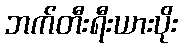
ဘက်တီးရီးယားပိုး